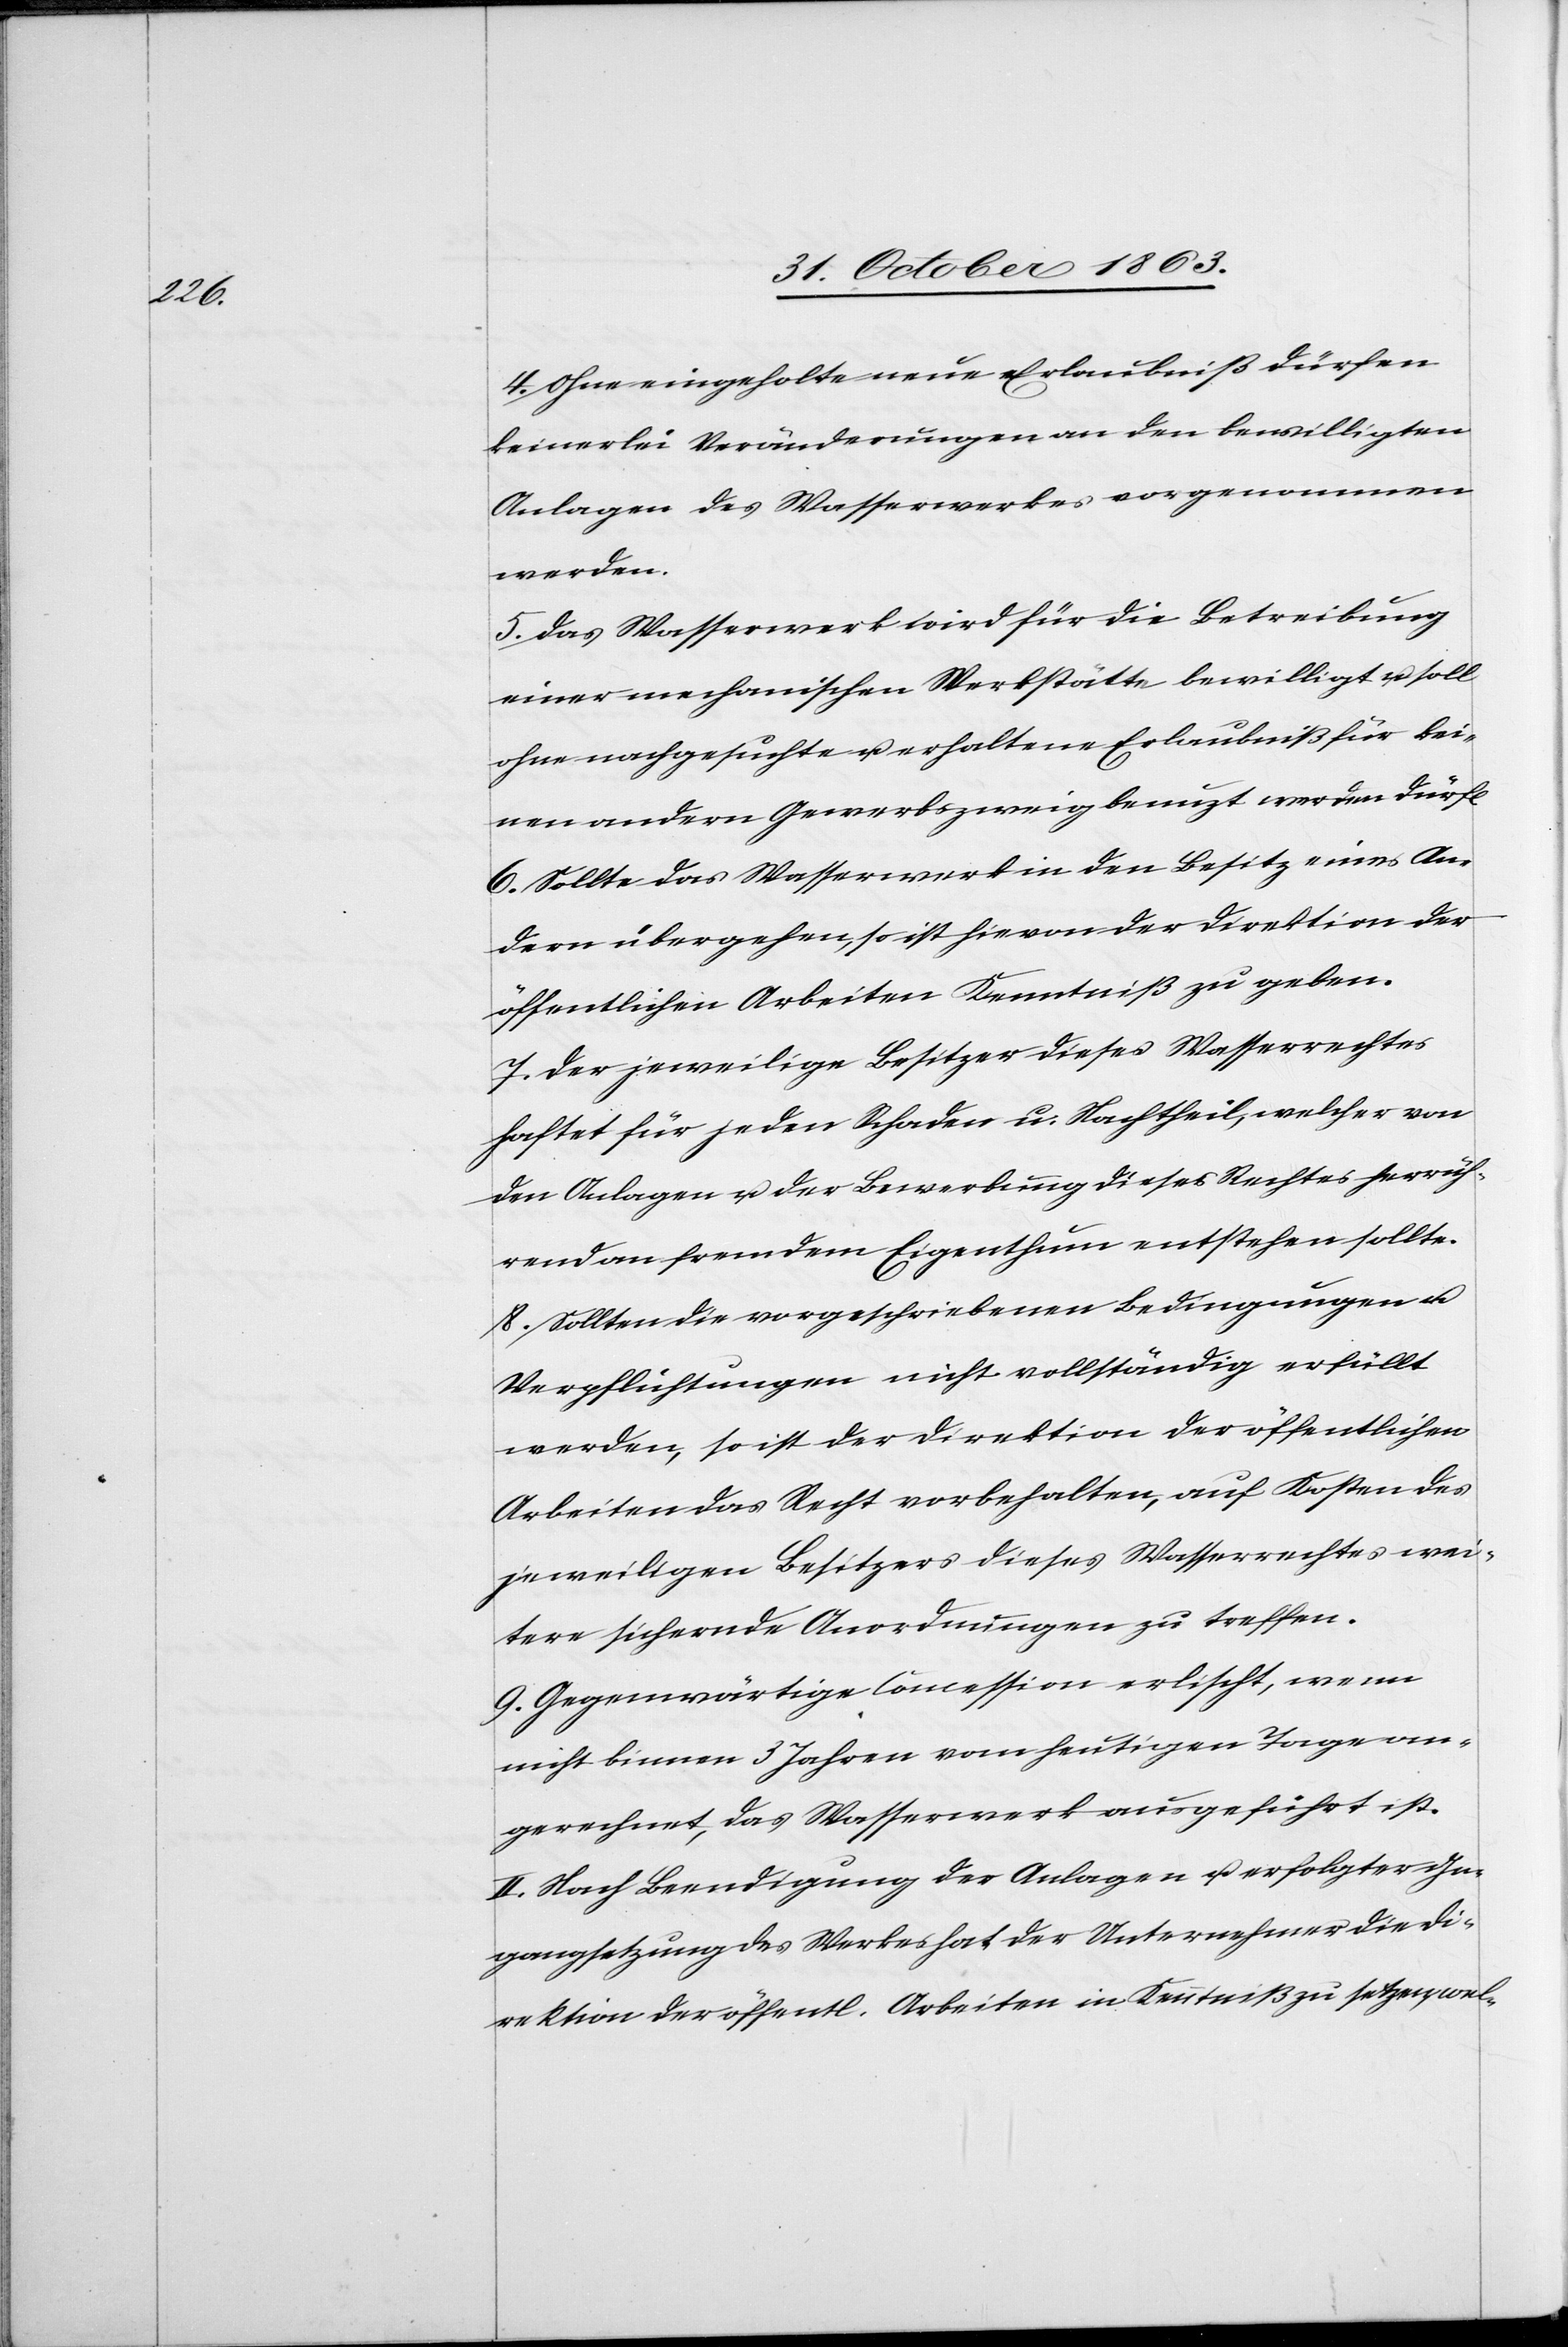
4. Ohne eingeholte neue Erlaubniß dürfen
keinerlei Veränderungen an den bewilligten
Anlagen des Wasserwerkes vorgenommen
werden.
5. Das Wasserwerk wird für die Betreibung
einer mechanischen Werkstätte bewilligt u. soll
ohne nachgesuchte u. erhaltene Erlaubniß für kei¬
nen andern Gewerbszweig benutzt werden dürf[en].
6. Sollte das Wasserwerk in den Besitz eines An¬
dern übergehen, so ist hievon der Direktion der
öffentlichen Arbeiten Kenntniß zu geben.
7. Der jeweilige Besitzer dieses Wasserrechtes
haftet für jeden Schaden u. Nachtheil, welcher von
den Anlagen u. der Bewerbung dieses Rechtes herrüh¬
rend an fremdem Eigenthum entstehen sollte.
8. Sollten die vorgeschriebenen Bedingungen u.
Verpflichtungen nicht vollständig erfüllt
werden, so ist der Direktion der öffentlichen
Arbeiten das Recht vorbehalten, auf Kosten des
jeweiligen Besitzers dieses Wasserrechtes wei¬
tere sichernde Anordnungen zu treffen.
9. Gegenwärtige Concession erlischt, wenn
nicht binnen 3 Jahren vom heutigen Tage an¬
gerechnet, das Wasserwerk ausgeführt ist.
II. Nach Beendigung der Anlagen u. erfolgter In¬
gangsetzung des Werkes hat der Unternehmer die Di¬
rektion der öffentl. Arbeiten in Kenntniß zu setzen, wel-